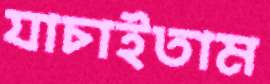
যাচাইতাম